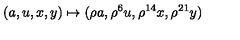
( a , u , x , y ) \mapsto ( \rho a , \rho ^ { 6 } u , \rho ^ { 1 4 } x , \rho ^ { 2 1 } y )